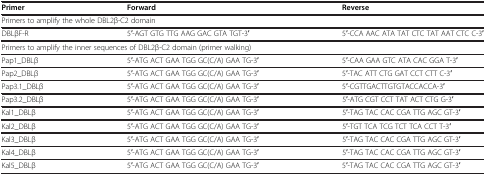
<table><thead><tr><td><b>Primer</b></td><td><b>Forward</b></td><td><b>Reverse</b></td></tr></thead><tbody><tr><td colspan="3">Primers to amplify the whole DBL2β-C2 domain</td></tr><tr><td>DBLβF-R</td><td>5′-AGT GTG TTG AAG GAC GTA TGT-3′</td><td>5′-CCA AAC ATA TAT CTC TAT AAT CTC C-3′</td></tr><tr><td colspan="3">Primers to amplify the inner sequences of DBL2β-C2 domain (primer walking)</td></tr><tr><td>Pap1_DBLβ</td><td>5′-ATG ACT GAA TGG GC(C/A) GAA TG-3′</td><td>5′-CAA GAA GTC ATA CAC GGA T-3′</td></tr><tr><td>Pap2_DBLβ</td><td>5′-ATG ACT GAA TGG GC(C/A) GAA TG-3′</td><td>5′-TAC ATT CTG GAT CCT CTT C-3′</td></tr><tr><td>Pap3.1_DBLβ</td><td>5′-ATG ACT GAA TGG GC(C/A) GAA TG-3′</td><td>5′-CGTTGACTTGTGTACCACCA-3′</td></tr><tr><td>Pap3.2_DBLβ</td><td>5′-ATG ACT GAA TGG GC(C/A) GAA TG-3′</td><td>5′-ATG CGT CCT TAT ACT CTG G-3′</td></tr><tr><td>Kal1_DBLβ</td><td>5′-ATG ACT GAA TGG GC(C/A) GAA TG-3′</td><td>5′-TAG TAC CAC CGA TTG AGC GT-3′</td></tr><tr><td>Kal2_DBLβ</td><td>5′-ATG ACT GAA TGG GC(C/A) GAA TG-3′</td><td>5′-TGT TCA TCG TCT TCA CCT T-3′</td></tr><tr><td>Kal3_DBLβ</td><td>5′-ATG ACT GAA TGG GC(C/A) GAA TG-3′</td><td>5′-TAG TAC CAC CGA TTG AGC GT-3′</td></tr><tr><td>Kal4_DBLβ</td><td>5′-ATG ACT GAA TGG GC(C/A) GAA TG-3′</td><td>5′-TAG TAC CAC CGA TTG AGC GT-3′</td></tr><tr><td>Kal5_DBLβ</td><td>5′-ATG ACT GAA TGG GC(C/A) GAA TG-3′</td><td>5′-TAG TAC CAC CGA TTG AGC GT-3′</td></tr></tbody></table>